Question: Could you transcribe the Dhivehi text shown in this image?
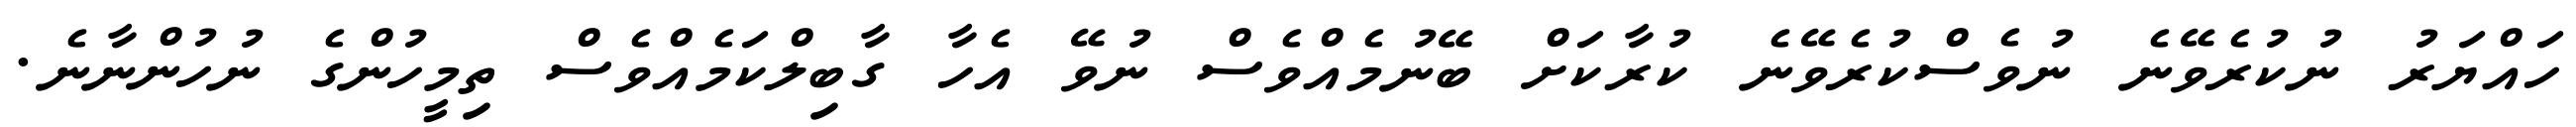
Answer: ހައްޔަރު ނުކުރެވޭނެ ނުވެސްކުރެވޭނެ ކުރާކަށް ބޭނުމެއްވެސް ނުވޭ އެހާ ގާބިލްކަމެއްވެސް ތިމީހުންގެ ނުހުންނާނެ.